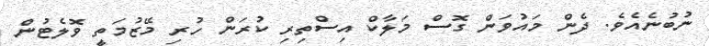
ނުބުނެއެވެ. ދެން މައުވަން ގޮސް މަލާކް އިސްތިރި ކުރަން ހުރި މޭޒުމަތީ ވޮލެޓުން